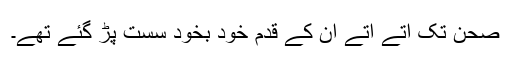
صحن تک آتے آتے ان کے قدم خود بخود سست پڑ گئے تھے۔